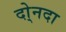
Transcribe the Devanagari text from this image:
दो्नदा